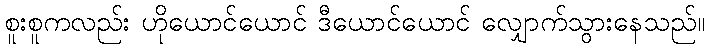
စူးစူကလည်း ဟိုယောင်ယောင် ဒီယောင်ယောင် လျှောက်သွားနေသည်။